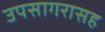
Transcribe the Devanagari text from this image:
उपसागरासह